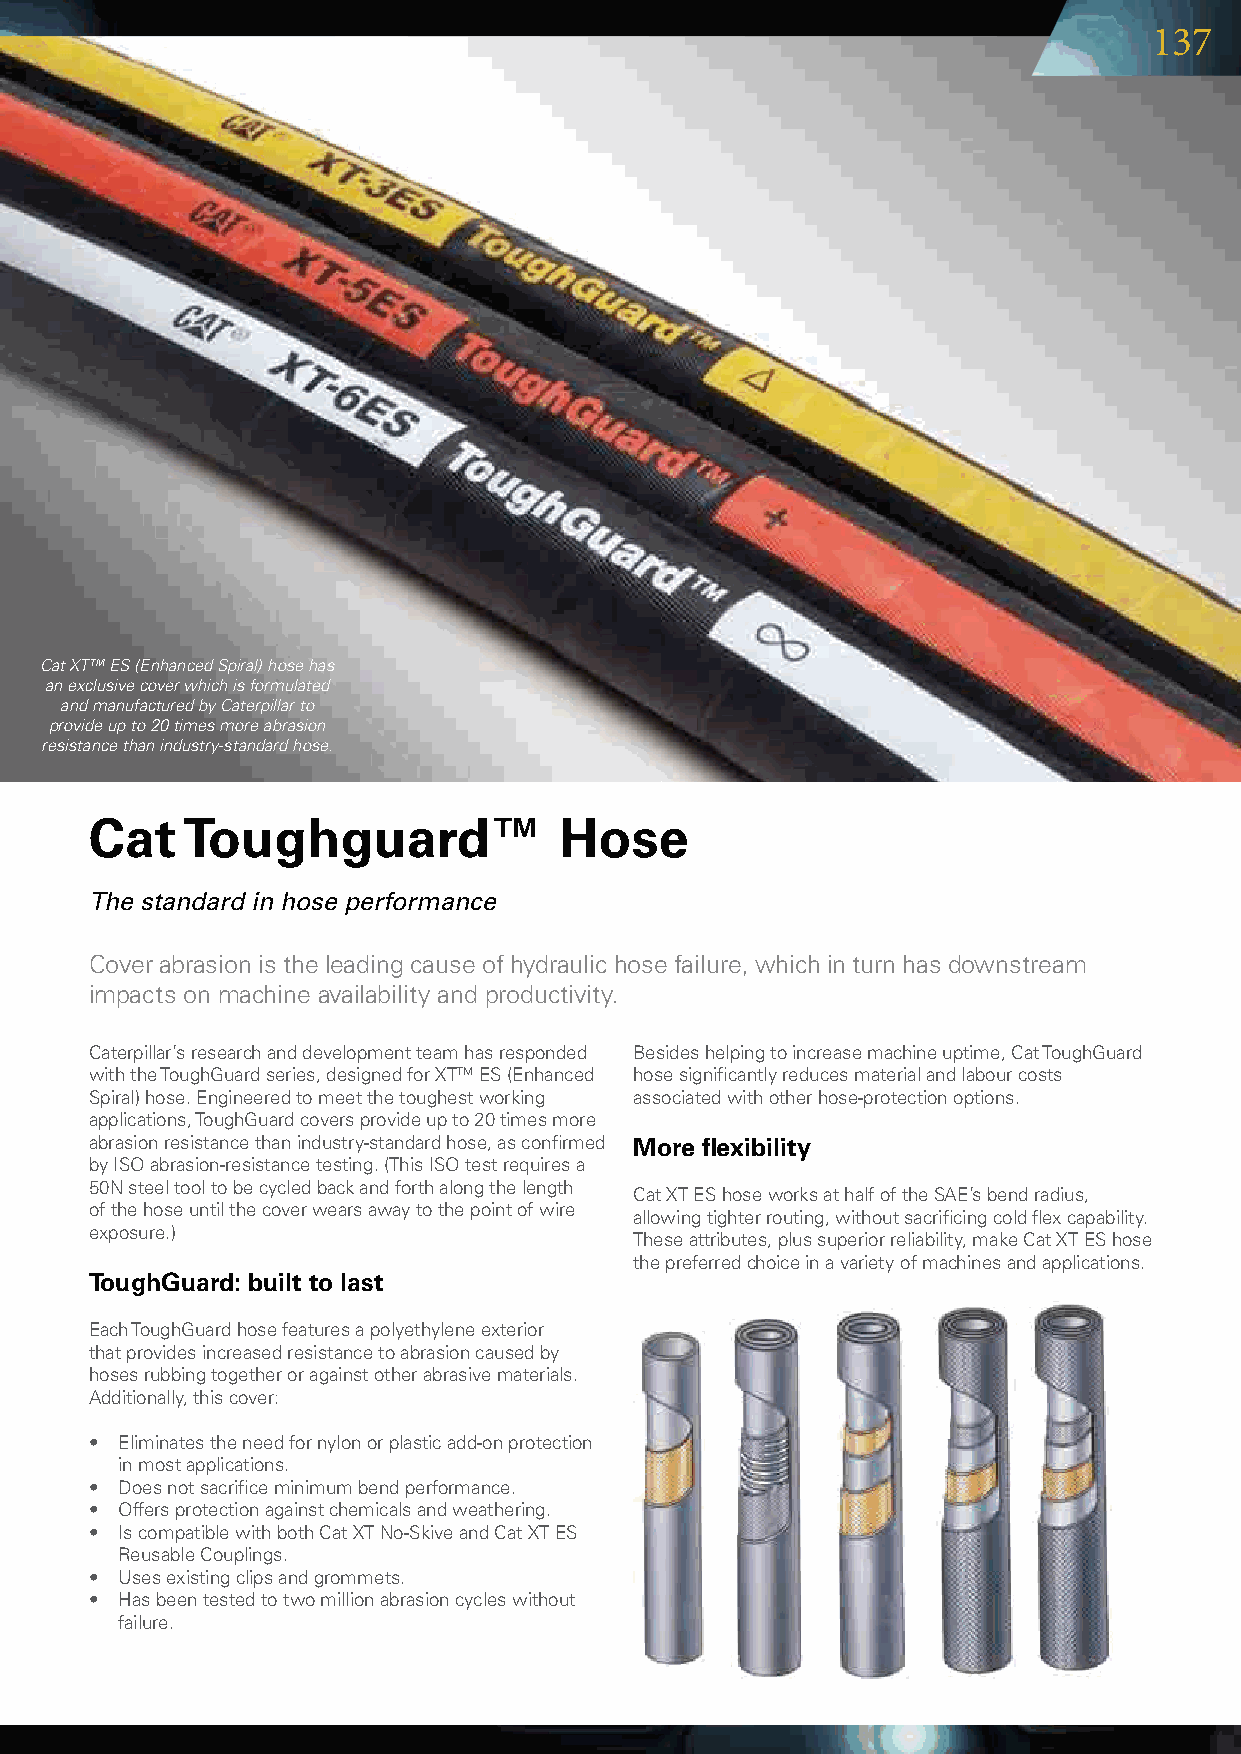
137
 Cat XT™ ES (Enhanced Spiral) hose has
 an exclusive cover which is formulated
 and manufactured by Caterpillar to
 provide up to 20 times more abrasion
 resistance than industry-standard hose.
 Cat   Toughguard™              Hose
 The standard in hose performance
 Coverabrasionistheleadingcauseofhydraulichosefailure,whichinturnhasdownstream
 impactsonmachineavailabilityandproductivity.
 Caterpillar’sresearchanddevelopmentteamhasresponded Besideshelpingtoincreasemachineuptime,CatToughGuard
 withtheToughGuardseries,designedforXTTMES(Enhanced hosesignificantlyreducesmaterialandlabourcosts
 Spiral)hose.Engineeredtomeetthetoughestworking associatedwithotherhose-protectionoptions.
 applications,ToughGuardcoversprovideupto20timesmore
 abrasionresistancethanindustry-standardhose,asconfirmed More flexibility
 byISOabrasion-resistancetesting.(ThisISOtestrequiresa
 50Nsteeltooltobecycledbackandforthalongthelength
 CatXTEShoseworksathalfoftheSAE’sbendradius,
 ofthehoseuntilthecoverwearsawaytothepointofwire
 allowingtighterrouting,withoutsacrificingcoldflexcapability.
 exposure.)
 Theseattributes,plussuperiorreliability,makeCatXTEShose
 thepreferredchoiceinavarietyofmachinesandapplications.
 ToughGuard: built to last
 EachToughGuardhosefeaturesapolyethyleneexterior
 thatprovidesincreasedresistancetoabrasioncausedby
 hosesrubbingtogetheroragainstotherabrasivematerials.
 Additionally,thiscover:
 • Eliminatestheneedfornylonorplasticadd-onprotection
 inmostapplications.
 • Doesnotsacrificeminimumbendperformance.
 • Offersprotectionagainstchemicalsandweathering.
 • IscompatiblewithbothCatXTNo-SkiveandCatXTES
 ReusableCouplings.
 • Usesexistingclipsandgrommets.
 • Hasbeentestedtotwomillionabrasioncycleswithout
 failure.